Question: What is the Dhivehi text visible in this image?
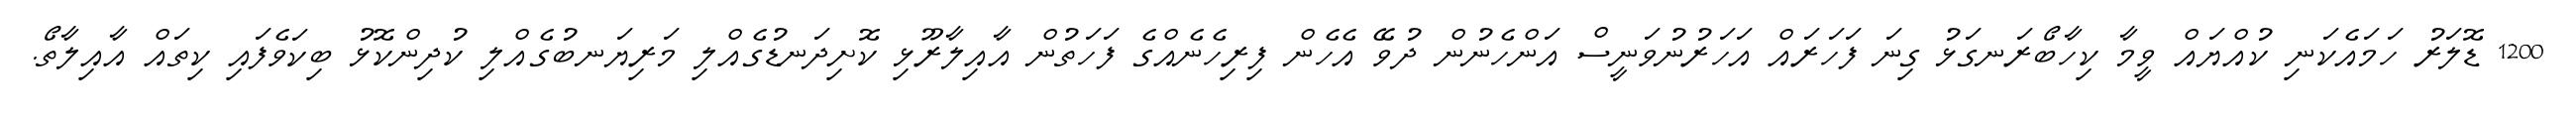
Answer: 1200 ޑޮލަރު ހަމައެކަނި ކުއްޔައް ވީމާ ކިހާބޯރަނގަޅު ގިނަ ފަހަރައް އަހަރުނުވަނީސް އަންހެނުން ދުވޭ އެހެން ފިރިހެނެއްގެ ފަހަތުން އާއިލާރޫޅި ކޮށިދަނޑުގެއްލި މަރިޔަނބުގެއްލި ކުދިންކޮޅު ބިކަވެފައި ކިތައް އާއިލާތޯ.